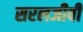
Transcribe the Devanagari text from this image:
सरलजीवी